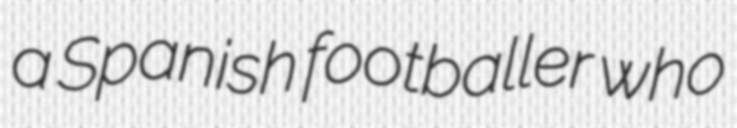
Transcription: a Spanish footballer who